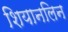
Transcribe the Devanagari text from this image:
शियानलिन